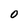
Character: 0